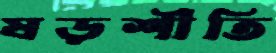
ষড়শীতি